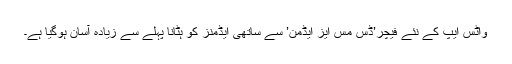
واٹس ایپ کے نئے فیچر’ڈِس مِس ایز ایڈمن’ سے ساتھی ایڈمنز کو ہٹانا پہلے سے زیادہ آسان ہوگیا ہے۔